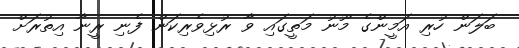
ބަލަން ހުރި އަމީންގެ މޫނު މަތީގައި ވާ ރުޅިވެރިކަން ފެނި ރީނާ އިތުރަށް